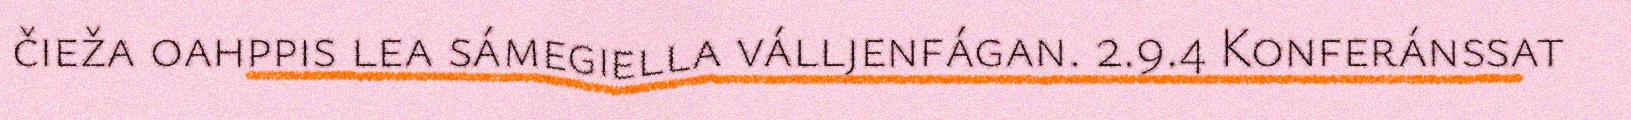
čieža oahppis lea sámegiella válljenfágan. 2.9.4 Konferánssat